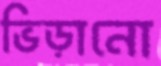
ভিড়ানো